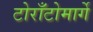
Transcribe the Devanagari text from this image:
टोराँटोमार्गे